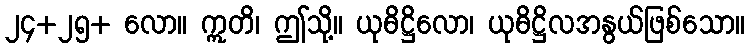
၂၄+၂၅+ လော။ ဣတိ၊ ဤသို့။ ယုဓိဋ္ဌိလော၊ ယုဓိဋ္ဌိလအနွယ်ဖြစ်သော။